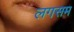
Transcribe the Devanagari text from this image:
लगसम